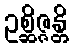
ဥစ္ဆိဇ္ဇန္တိ